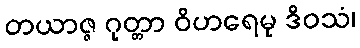
တယာဇ္ဇ ဂုတ္တာ ဝိဟရေမု ဒိဝသံ၊